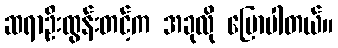
ဆရာဦးထွန်းတင့်က အခုလို ပြောပါတယ်။